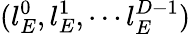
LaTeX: (l_{E}^{0},l_{E}^{1},\cdots l_{E}^{D-1})